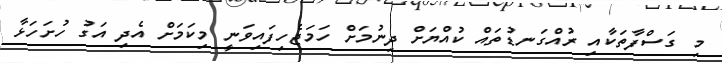
މި ގަސްފާތަކާއި ރުއްގަނޑުތައް ކުއްޔަށް ދިނުމަށް ހަމަޖެހިފައިވަނީ މިކަމަށް އެދި އަގު ހުށަހަޅާ